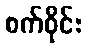
စက်ဝိုင်း